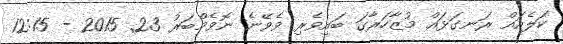
ކަލެއައް ރަނގަޅައް މުޒާހަރާގަ ބައިވެރި ވެވޭނެ ނޮވެމްބަރު 23